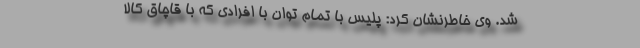
شد. وی خاطرنشان کرد: پلیس با تمام توان با افرادی که با قاچاق کالا